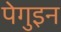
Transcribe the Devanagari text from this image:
पेगुइन